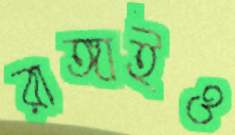
রাঙ্গাইও